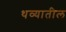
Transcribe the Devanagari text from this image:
थव्यातील